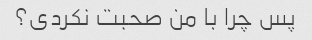
پس چرا با من صحبت نکردی؟